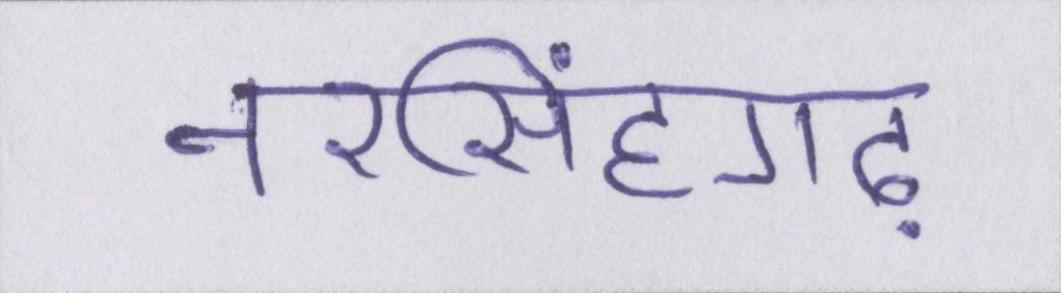
नरसिंहगढ़